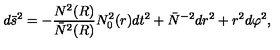
d \bar { s } ^ { 2 } = - { \frac { N ^ { 2 } ( R ) } { \bar { N } ^ { 2 } ( R ) } } N _ { 0 } ^ { 2 } ( r ) d t ^ { 2 } + \bar { N } ^ { - 2 } d r ^ { 2 } + r ^ { 2 } d \varphi ^ { 2 } ,